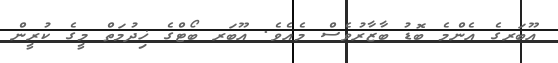
އޫބަރގެ އެންމެ ބޮޑު ބާޒާރުވެސް މެއެވެ. އޫބަރ ބޯޓްގެ ޚިދުމަތް މީގެ ކުރީން